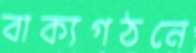
বাক্যগঠনে